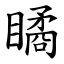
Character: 瞲